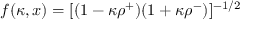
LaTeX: f ( \kappa , x ) = [ ( 1 - \kappa \rho ^ { + } ) ( 1 + \kappa \rho ^ { - } ) ] ^ { - 1 / 2 }